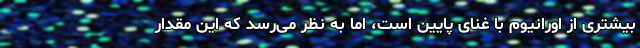
بیشتری از اورانیوم با غنای پایین است، اما به نظر می‌رسد که این مقدار